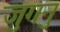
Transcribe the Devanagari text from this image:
जुगनु